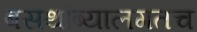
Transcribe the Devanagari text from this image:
बसथांब्यालगतच